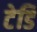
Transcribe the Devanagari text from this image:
टेडि